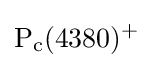
{\rm {P_{c}(4380)^{+}}}